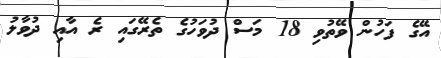
އޭގެ ފަހުން ވޭތުވި 18 މަސް ދުވަހުގެ ތެރޭގައި ރެ އާއި ދުވާލު